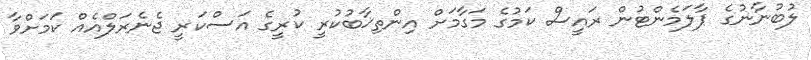
ލުބުނާނުގެ ޕާލަމެންޓުން ރައީސް ކަމުގެ މަގާމަށް އިންތިޚާބުކުރީ ކުރީގެ އަސްކަރީ ޖެނެރަލްއެއް ކަމަށްވާ